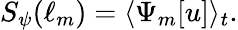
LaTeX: S_{\psi}(\ell_{m})=\langle\Psi_{m}[u]\rangle_{t}.